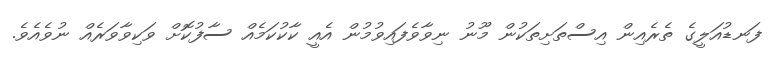
ފަނޑުއަލީގެ ތެރެއިން އިސްތަށިތަކުން މޫނު ނިވާވެފައިވުމުން އެއީ ކާކުކަމެއް ސާފުކޮށް ވަކިވާވަރެއް ނުވެއެވެ.